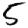
Digit: 5